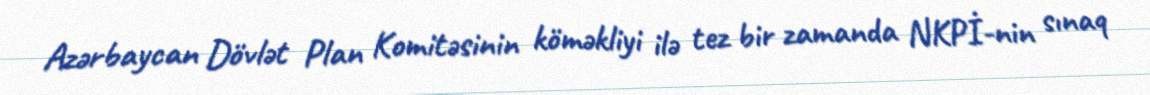
Azərbaycan Dövlət Plan Komitəsinin köməkliyi ilə tez bir zamanda NKPİ-nin sınaq